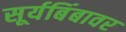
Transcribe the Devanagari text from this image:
सूर्यबिंबावर